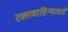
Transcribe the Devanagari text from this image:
रक्तवाहिन्याकडे